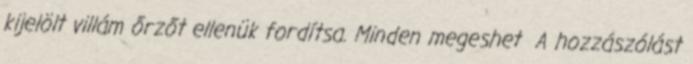
kijelölt villám őrzőt ellenük fordítsa. Minden megeshet A hozzászólást